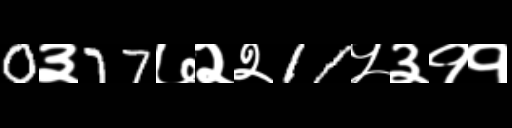
Text: 0३77७२२11५३११